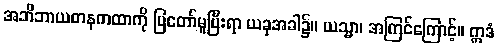
အဘိဘာယတနကထာကို ပြတော်မူပြီးရာ ယခုအခါ၌။ ယသ္မာ၊ အကြင်ကြောင့်။ ဣဒံ